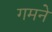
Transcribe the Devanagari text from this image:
गमने